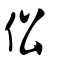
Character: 伀